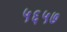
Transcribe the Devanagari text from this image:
५६५७